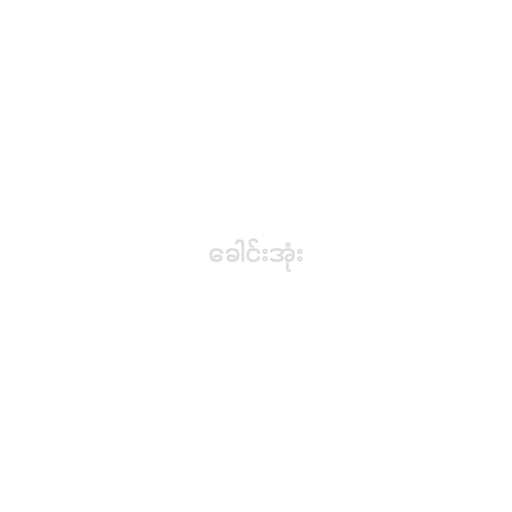
ခေါင်းအုံး